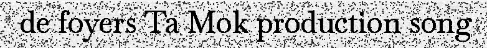
de foyers Ta Mok production song